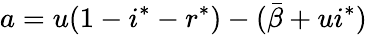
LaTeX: a=u(1-i^{*}-r^{*})-(\bar{\beta}+ui^{*})